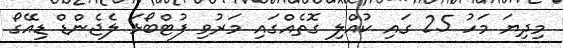
މިދިޔަ މަހު 25 ގައި ކުއްލި ގޮތެއްގައި މަރުވި ފުޓްބޯޅަ ލެޖެންޑް ޑިއޭގޯ